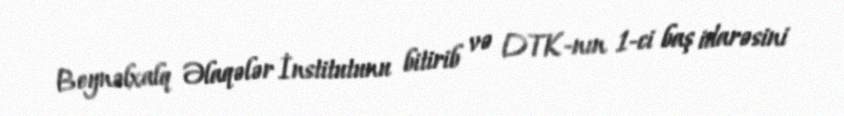
Beynəlxalq Əlaqələr İnstitutunu bitirib və DTK-nın 1-ci baş idarəsini